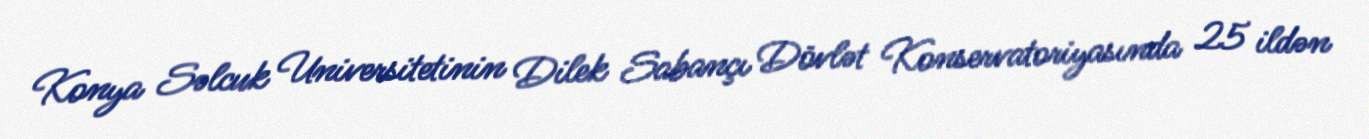
Konya Səlcuk Universitetinin Dilek Sabançı Dövlət Konservatoriyasında 25 ildən